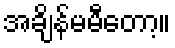
အချိန်မမီတော့။